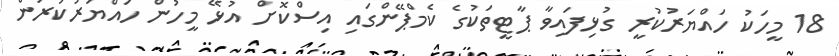
18 މީހަކު ހައްޔަރުކުރީ ގުޅިފައިވާ ޕާޓީތަކުގެ ކެމްޕޭންގައި އިސްކޮށް އުޅޭ މީހުން ހައްޔަރުކުރަން